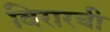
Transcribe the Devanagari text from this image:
विरारची